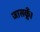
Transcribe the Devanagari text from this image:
जासकूँ।